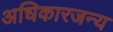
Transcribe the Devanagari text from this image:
अधिकारजन्य